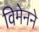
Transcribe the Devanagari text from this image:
विमेनने